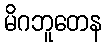
မိဂဘူတေန